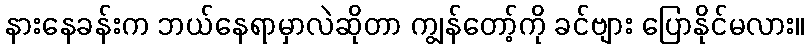
နားနေခန်းက ဘယ်နေရာမှာလဲဆိုတာ ကျွန်တော့်ကို ခင်ဗျား ပြောနိုင်မလား။